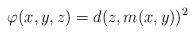
LaTeX: \begin{align*}\varphi(x, y, z) =d(z, m(x, y))^2 \end{align*}